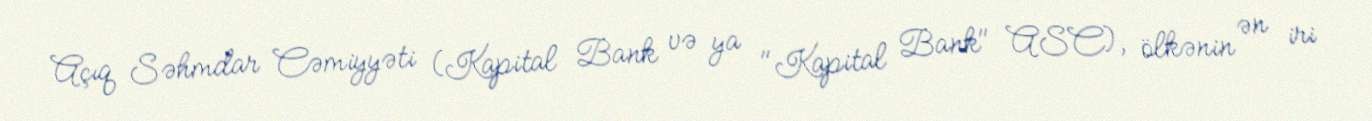
Açıq Səhmdar Cəmiyyəti (Kapital Bank və ya "Kapital Bank" ASC), ölkənin ən iri